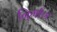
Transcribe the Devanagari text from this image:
नि्र्माण